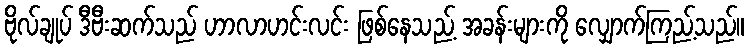
ဗိုလ်ချုပ် ဒီဗီးဆက်သည် ဟာလာဟင်းလင်း ဖြစ်နေသည့် အခန်းများကို လျှောက်ကြည့်သည်။